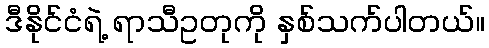
ဒီနိုင်ငံရဲ့ ရာသီဥတုကို နှစ်သက်ပါတယ်။